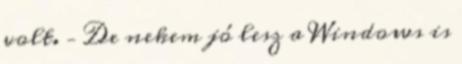
volt. – De nekem jó lesz a Windows is